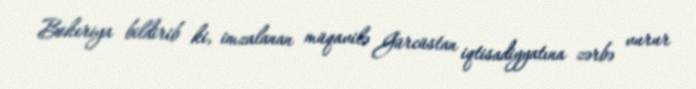
Bokeriya bildirib ki, imzalanan müqavilə Gürcüstan iqtisadiyyatına zərbə vurur